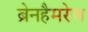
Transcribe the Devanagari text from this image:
ब्रेनहैमरेज